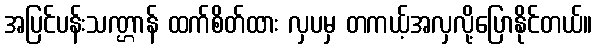
အပြင်ပန်းသဏ္ဌာန် ထက်စိတ်ထား လှပမှ တကယ့်အလှလို့ပြောနိုင်တယ်။